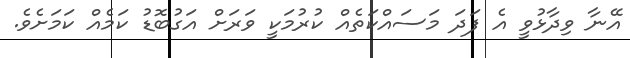
އޭނާ ވިދާޅުވީ އެ ފަދަ މަސައްކަތެއް ކުރުމަކީ ވަރަށް އަގުބޮޑު ކަމެއް ކަމަށެވެ.